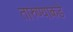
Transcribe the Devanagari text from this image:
तारुण्याकडे